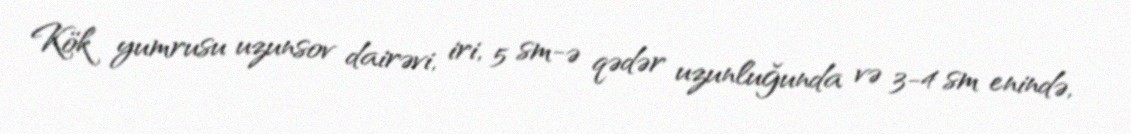
Kök yumrusu uzunsov dairəvi, iri, 5 sm-ə qədər uzunluğunda və 3-4 sm enində,